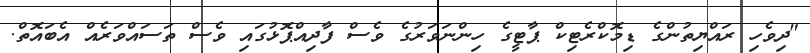
"ދިވެހި ރައްޔިތުންގެ ޑިމޮކްރެޓިކް ޕާޓީގެ ހިންނަވަރުގެ ވެސް ފާދިއްޕޮޅުގައި ވެސް ތަސައްވަރެއް އެބައޮތް.